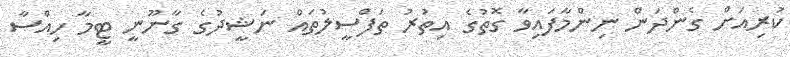
ކުރިއަށް ގެންދަން ނިންމާފައިވާ ގޮތުގެ އިތުރު ތަފްސީލުތައް ނަޝީދުގެ ގާނޫނީ ޓީމާ ހިއްސާ